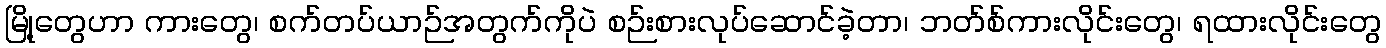
မြို့တွေဟာ ကားတွေ၊ စက်တပ်ယာဉ်အတွက်ကိုပဲ စဉ်းစားလုပ်ဆောင်ခဲ့တာ၊ ဘတ်စ်ကားလိုင်းတွေ၊ ရထားလိုင်းတွေ